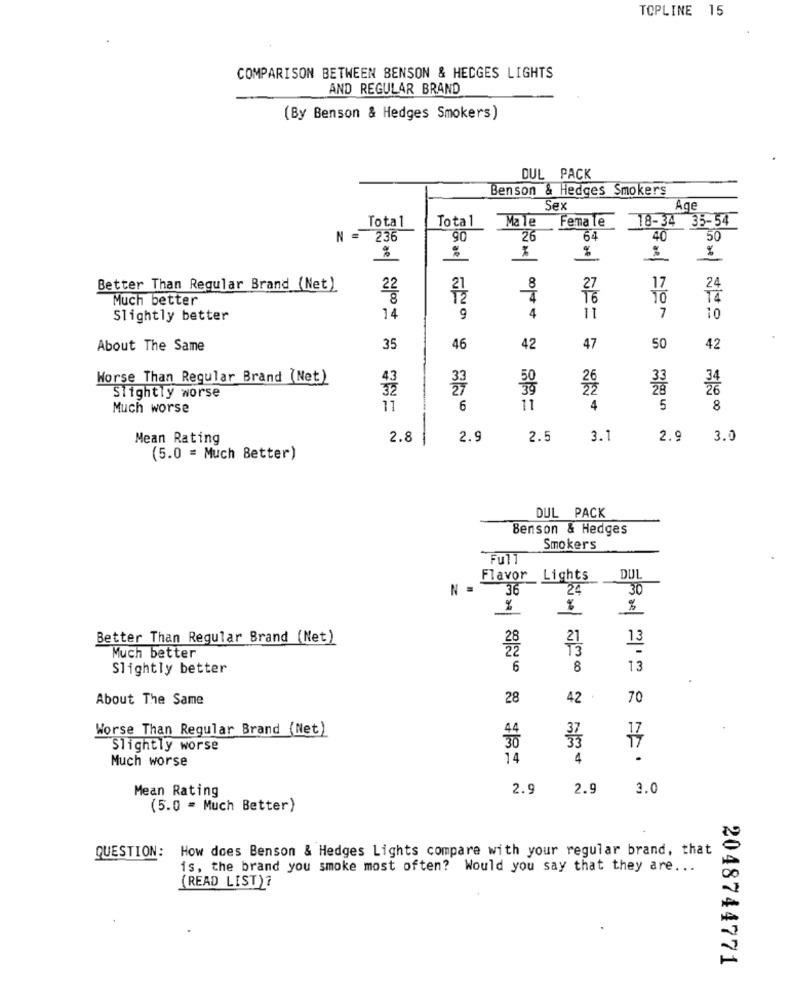
TOPLINE 15
COMPARISON BETWEEN BENSON & HEDGES LIGHTS
AND REGULAR BRAND
(By Benson & Hedges Smokers)
DUL PACK
Benson & Hedges Smokers
Sex
Age
Total
Total
Male Female
18-34 35-54
05
N = 236
26
64
40
50
%
%
%
%
%
Better Than Regular Brand (Net)
22
8
27
17
Much better
8
4
16
14
Slightly better
14
9
4
11
7
10
About The Same
35
46
42
47
50
42
Worse Than Regular Brand (Net)
43
32
39
Slightly worse
Much worse
17
6
11
4
5
8
Mean Rating
2.8
2.9
2.5
3.1
2.9 3.0
(5.0 = Much Better)
DUL PACK
Benson & Hedges
Smokers
Full
Flavor Lights
DUL
36
24
30
%
%
Better Than Regular Brand (Net)
13
28
Much better
Slightly better
6
8
13
About The Same
28
42
70
Worse Than Regular Brand (Net)
17
Slightly worse
Much worse
14
4
Mean Rating
2.9
2.9
3.0
(5.0 = Much Better)
QUESTION: How does Benson & Hedges Lights compare with your regular brand, that
is, the brand you smoke most often? Would you say that they are ...
(READ LIST)?
2048744771